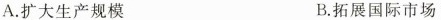
A.扩大生产规模 B.拓展国际市场